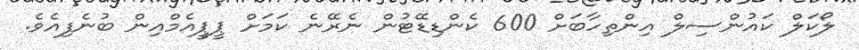
ލޯކަލް ކައުންސިލް އިންތިހާބަށް 600 ކެންޑިޑޭޓުން ނެރޭނެ ކަމަށް ޕީޕީއެމްއިން ބުނެފިއެވެ.